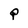
Character: P